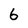
Character: 6